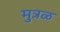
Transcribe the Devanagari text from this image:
मुत्रळ